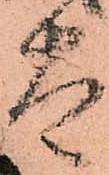
太